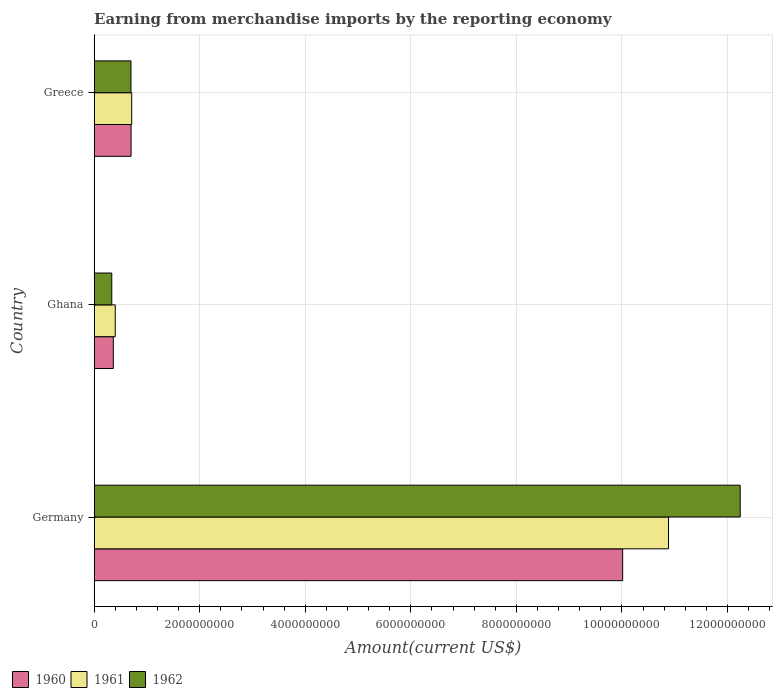
| Country | 1960 | 1961 | 1962 |
 | --- | --- | --- | --- |
 | Germany | 1e+10 | 1.09e+10 | 1.22e+10 |
 | Ghana | 3.62e+08 | 3.99e+08 | 3.33e+08 |
 | Greece | 6.98e+08 | 7.10e+08 | 6.96e+08 |